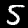
Digit: 5